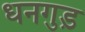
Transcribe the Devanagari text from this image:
धनगुड़